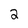
Character: 2